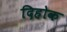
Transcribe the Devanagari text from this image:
दिहोक